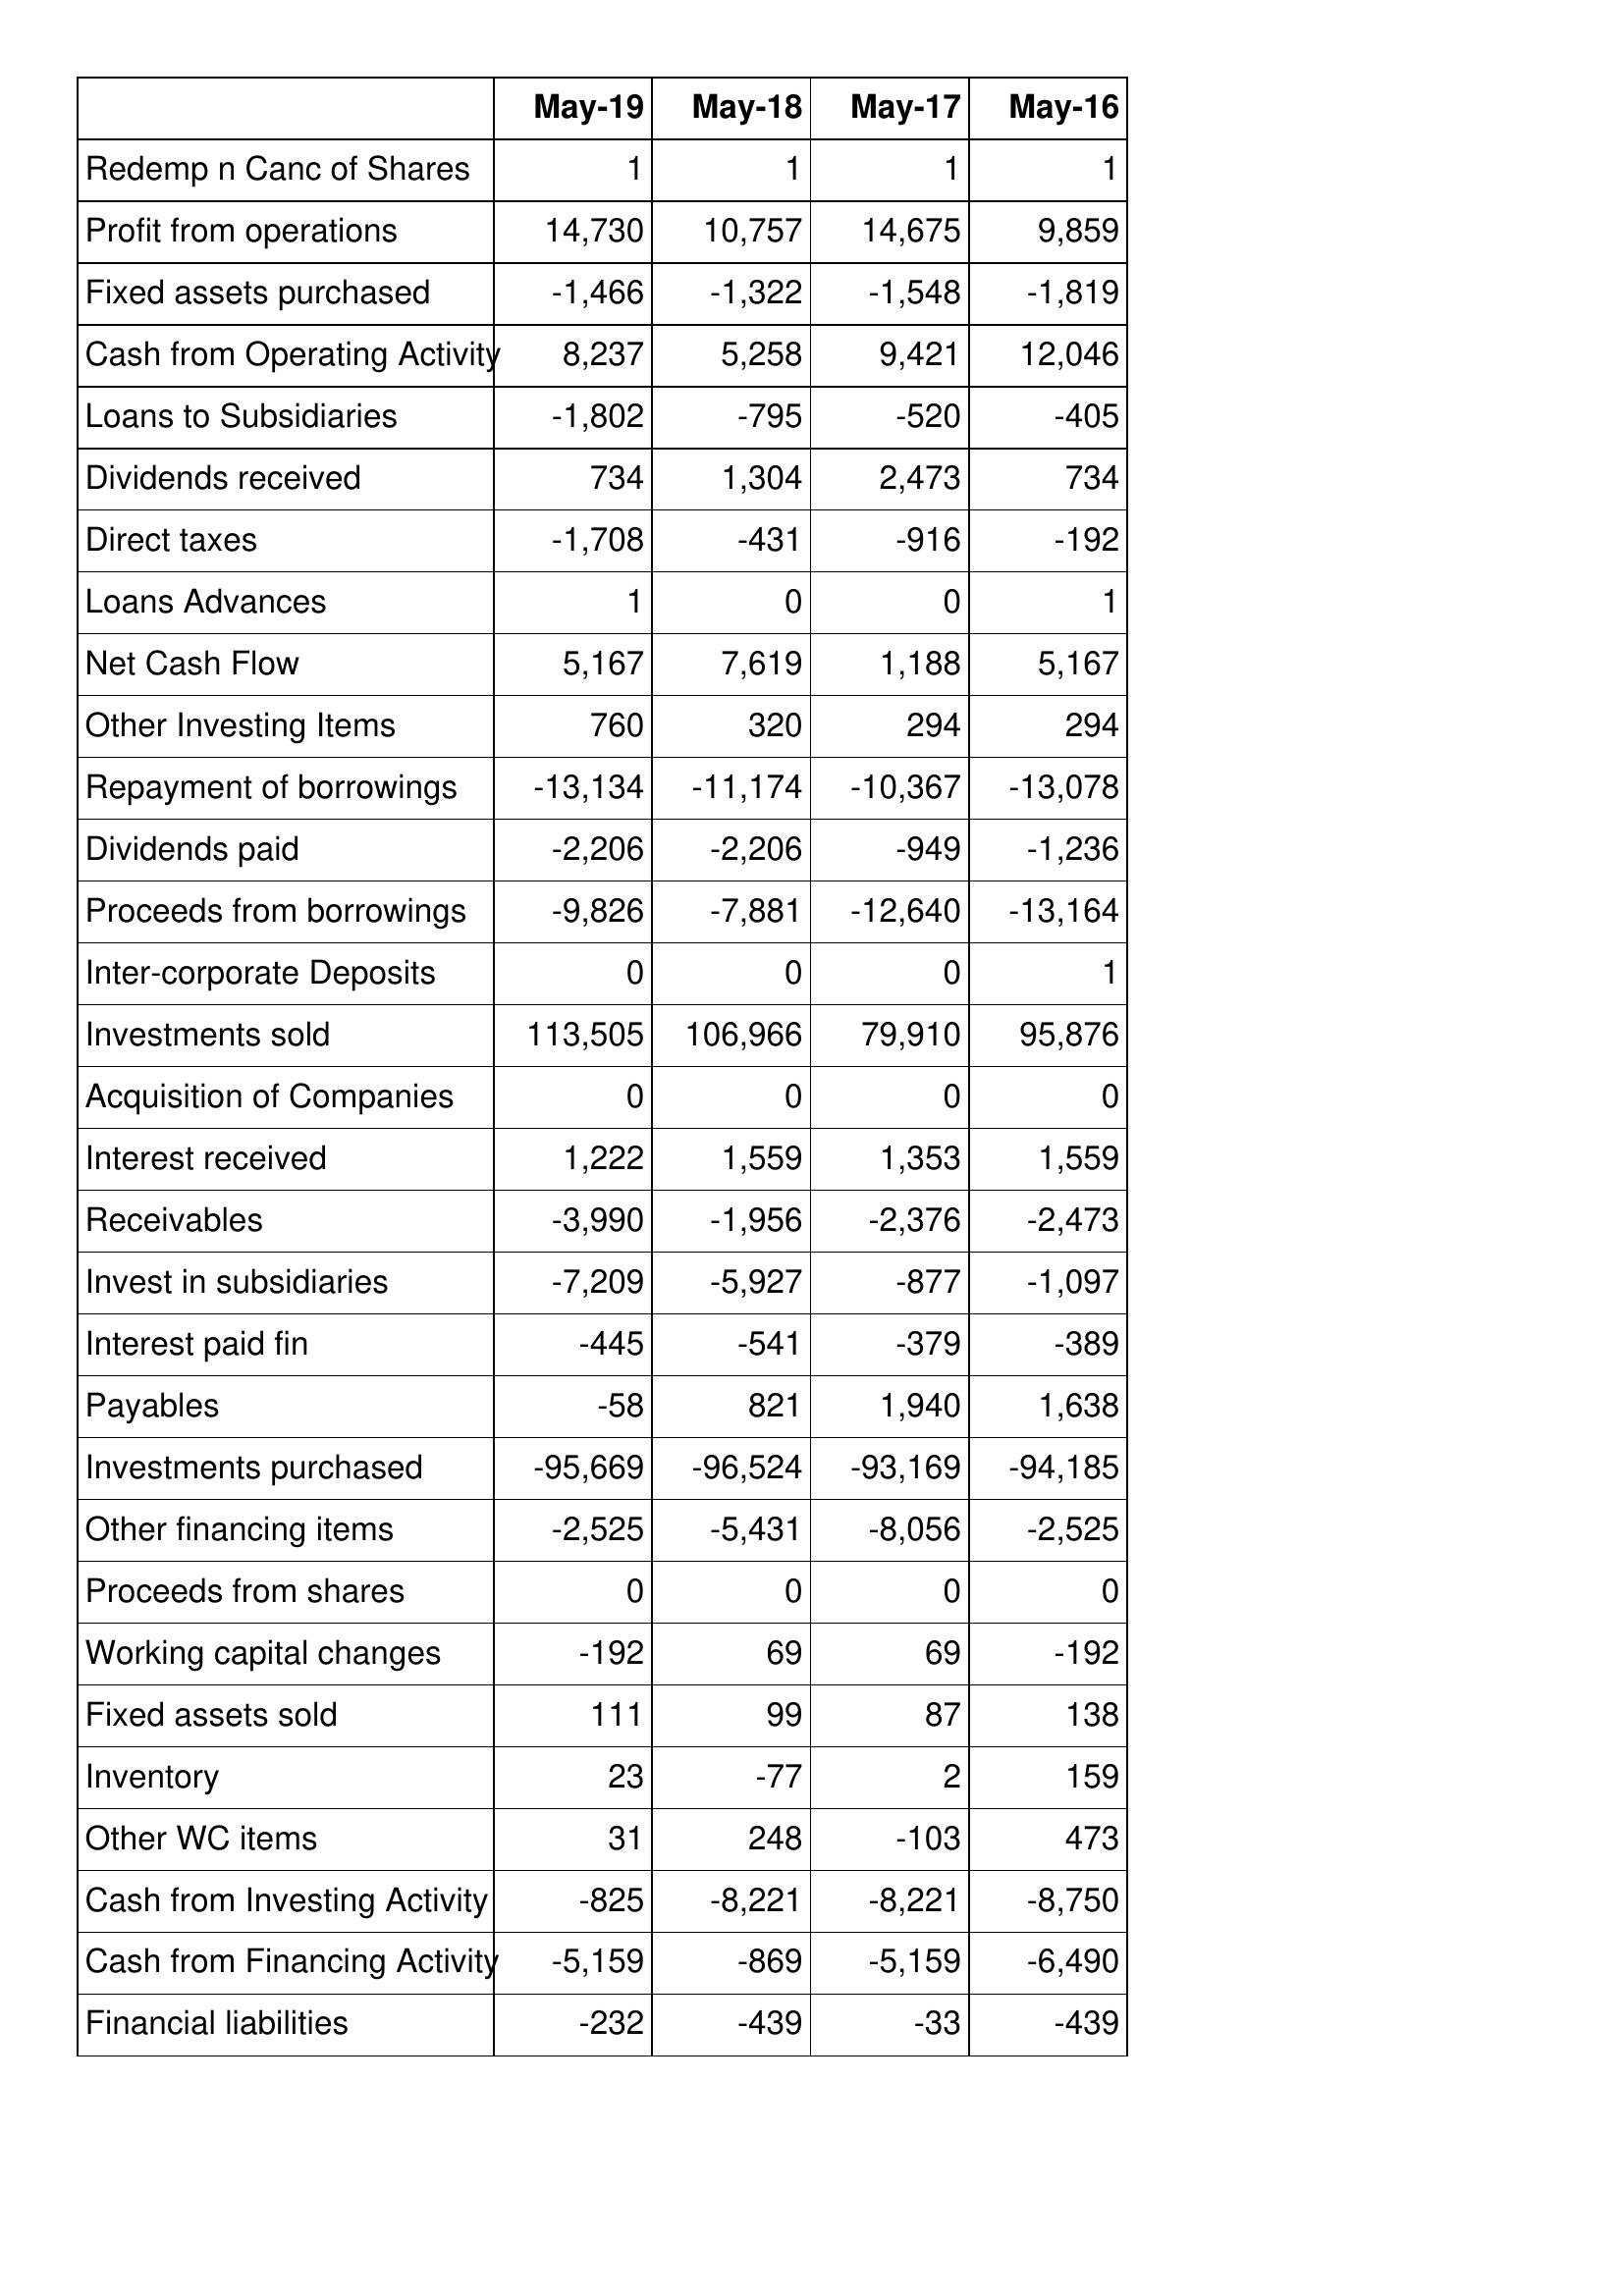
May-19: Cash Flows: Redemp n Canc of Shares: 1
Profit from operations: 14,730
Fixed assets purchased: -1,466
Cash from Operating Activity: 8,237
Loans to Subsidiaries: -1,802
Dividends received: 734
Direct taxes: -1,708
Loans Advances: 1
Net Cash Flow: 5,167
Other Investing Items: 760
Repayment of borrowings: -13,134
Dividends paid: -2,206
Proceeds from borrowings: -9,826
Inter-corporate Deposits: 0
Investments sold: 113,505
Acquisition of Companies: 0
Interest received: 1,222
Receivables: -3,990
Invest in subsidiaries: -7,209
Interest paid fin: -445
Payables: -58
Investments purchased: -95,669
Other financing items: -2,525
Proceeds from shares: 0
Working capital changes: -192
Fixed assets sold: 111
Inventory: 23
Other WC items: 31
Cash from Investing Activity: -825
Cash from Financing Activity: -5,159
Financial liabilities: -232
May-18: Cash Flows: Redemp n Canc of Shares: 1
Profit from operations: 10,757
Fixed assets purchased: -1,322
Cash from Operating Activity: 5,258
Loans to Subsidiaries: -795
Dividends received: 1,304
Direct taxes: -431
Loans Advances: 0
Net Cash Flow: 7,619
Other Investing Items: 320
Repayment of borrowings: -11,174
Dividends paid: -2,206
Proceeds from borrowings: -7,881
Inter-corporate Deposits: 0
Investments sold: 106,966
Acquisition of Companies: 0
Interest received: 1,559
Receivables: -1,956
Invest in subsidiaries: -5,927
Interest paid fin: -541
Payables: 821
Investments purchased: -96,524
Other financing items: -5,431
Proceeds from shares: 0
Working capital changes: 69
Fixed assets sold: 99
Inventory: -77
Other WC items: 248
Cash from Investing Activity: -8,221
Cash from Financing Activity: -869
Financial liabilities: -439
May-17: Cash Flows: Redemp n Canc of Shares: 1
Profit from operations: 14,675
Fixed assets purchased: -1,548
Cash from Operating Activity: 9,421
Loans to Subsidiaries: -520
Dividends received: 2,473
Direct taxes: -916
Loans Advances: 0
Net Cash Flow: 1,188
Other Investing Items: 294
Repayment of borrowings: -10,367
Dividends paid: -949
Proceeds from borrowings: -12,640
Inter-corporate Deposits: 0
Investments sold: 79,910
Acquisition of Companies: 0
Interest received: 1,353
Receivables: -2,376
Invest in subsidiaries: -877
Interest paid fin: -379
Payables: 1,940
Investments purchased: -93,169
Other financing items: -8,056
Proceeds from shares: 0
Working capital changes: 69
Fixed assets sold: 87
Inventory: 2
Other WC items: -103
Cash from Investing Activity: -8,221
Cash from Financing Activity: -5,159
Financial liabilities: -33
May-16: Cash Flows: Redemp n Canc of Shares: 1
Profit from operations: 9,859
Fixed assets purchased: -1,819
Cash from Operating Activity: 12,046
Loans to Subsidiaries: -405
Dividends received: 734
Direct taxes: -192
Loans Advances: 1
Net Cash Flow: 5,167
Other Investing Items: 294
Repayment of borrowings: -13,078
Dividends paid: -1,236
Proceeds from borrowings: -13,164
Inter-corporate Deposits: 1
Investments sold: 95,876
Acquisition of Companies: 0
Interest received: 1,559
Receivables: -2,473
Invest in subsidiaries: -1,097
Interest paid fin: -389
Payables: 1,638
Investments purchased: -94,185
Other financing items: -2,525
Proceeds from shares: 0
Working capital changes: -192
Fixed assets sold: 138
Inventory: 159
Other WC items: 473
Cash from Investing Activity: -8,750
Cash from Financing Activity: -6,490
Financial liabilities: -439